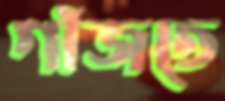
গাঁজতে